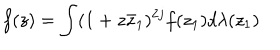
LaTeX: f ( z ) = \int ( 1 + z \bar { z } _ { 1 } ) ^ { 2 j } f ( z _ { 1 } ) d \lambda ( z _ { 1 } )